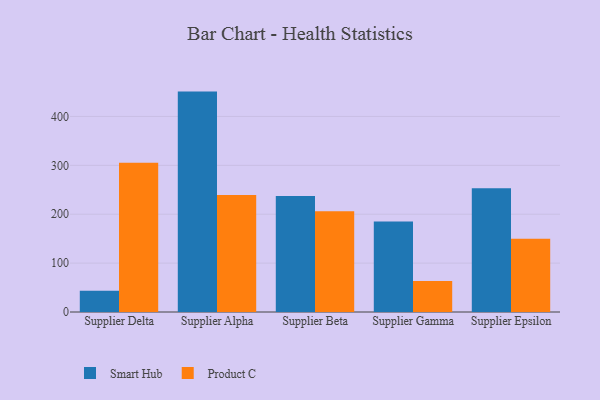
{"axis": {"x": "Supplier", "y": "Humidity (%)"}, "legend": ["Product C", "Smart Hub"], "data": [{"x": "Supplier Delta", "y": 43.7, "type": "Smart Hub"}, {"x": "Supplier Delta", "y": 305.5, "type": "Product C"}, {"x": "Supplier Alpha", "y": 450.8, "type": "Smart Hub"}, {"x": "Supplier Alpha", "y": 239.1, "type": "Product C"}, {"x": "Supplier Beta", "y": 237.1, "type": "Smart Hub"}, {"x": "Supplier Beta", "y": 206.1, "type": "Product C"}, {"x": "Supplier Gamma", "y": 185.0, "type": "Smart Hub"}, {"x": "Supplier Gamma", "y": 63.5, "type": "Product C"}, {"x": "Supplier Epsilon", "y": 253.3, "type": "Smart Hub"}, {"x": "Supplier Epsilon", "y": 149.7, "type": "Product C"}]}